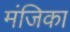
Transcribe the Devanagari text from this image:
मंजिका